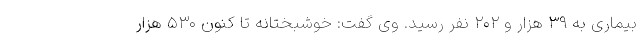
بیماری به ۳۹ هزار و ۲۰۲ نفر رسید. وی گفت: خوشبختانه تا کنون ۵۳۰ هزار